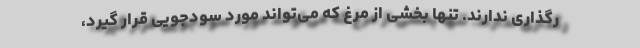
رگذاری ندارند. تنها بخشی از مرغ که می‌تواند مورد سودجویی قرار گیرد،